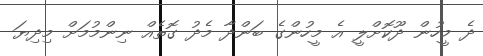
ދެ މީހުން ދޫކޮށްލީ އެ މީހުންގެ ބަންދާ މެދު ގޮތެއް ނިންމުމަށް މިދިޔަ